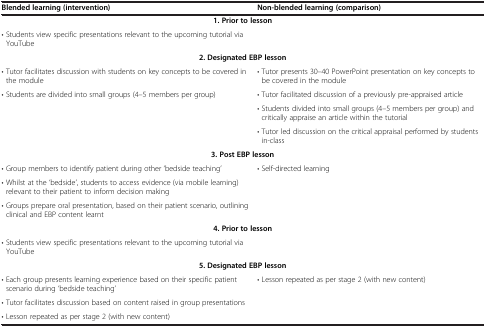
<table><thead><tr><td><b>Blended learning (intervention)</b></td><td><b>Non-blended learning (comparison)</b></td></tr></thead><tbody><tr><td colspan="2"><b>1. Prior to lesson</b></td></tr><tr><td>• Students view specific presentations relevant to the upcoming tutorial via YouTube</td><td> </td></tr><tr><td colspan="2"><b>2. Designated EBP lesson</b></td></tr><tr><td>• Tutor facilitates discussion with students on key concepts to be covered in the module</td><td>• Tutor presents 30–40 PowerPoint presentation on key concepts to be covered in the module</td></tr><tr><td rowspan="3">• Students are divided into small groups (4–5 members per group)</td><td>• Tutor facilitated discussion of a previously pre-appraised article</td></tr><tr><td>• Students divided into small groups (4–5 members per group) and critically appraise an article within the tutorial</td></tr><tr><td>• Tutor led discussion on the critical appraisal performed by students in-class</td></tr><tr><td colspan="2"><b>3. Post EBP lesson</b></td></tr><tr><td>• Group members to identify patient during other &#x27;bedside teaching’</td><td rowspan="3">• Self-directed learning</td></tr><tr><td>• Whilst at the &#x27;bedside’, students to access evidence (via mobile learning) relevant to their patient to inform decision making</td></tr><tr><td>• Groups prepare oral presentation, based on their patient scenario, outlining clinical and EBP content learnt</td></tr><tr><td colspan="2"><b>4. Prior to lesson</b></td></tr><tr><td>• Students view specific presentations relevant to the upcoming tutorial via YouTube</td><td> </td></tr><tr><td colspan="2"><b>5. Designated EBP lesson</b></td></tr><tr><td>• Each group presents learning experience based on their specific patient scenario during &#x27;bedside teaching’</td><td rowspan="2">• Lesson repeated as per stage 2 (with new content)</td></tr><tr><td>• Tutor facilitates discussion based on content raised in group presentations</td></tr><tr><td>• Lesson repeated as per stage 2 (with new content)</td><td> </td></tr></tbody></table>